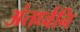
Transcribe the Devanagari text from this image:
अंतर्ध्वनि